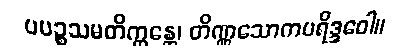
ပပဉ္စသမတိက္ကန္တေ၊ တိဏ္ဏသောကပရိဒ္ဒဝေါ။